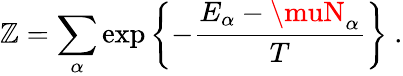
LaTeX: \mathbb{Z}=\sum_{\alpha}\exp\left\{ -{\frac{{E_{\alpha}-\muN_{\alpha}}}{{T}}}\right\} \ .